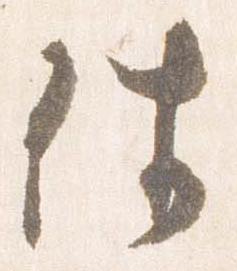
件